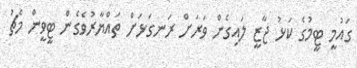
ގައުމީ ޓީމުގެ ކަޅު ޖާޒީ ލައިގެން ވަރަށް ރަނގަޅަށް ތައްޔާރުވެގެން ޓީވީން މެޗު